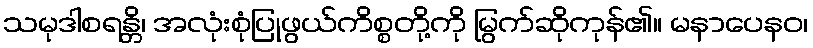
သမုဒါစရန္တိ၊ အလုံးစုံပြုဖွယ်ကိစ္စတို့ကို မြွက်ဆိုကုန်၏။ မနာပေနဝ၊